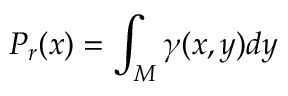
P _ { r } ( x ) = \int _ { M } \gamma ( x , y ) d y